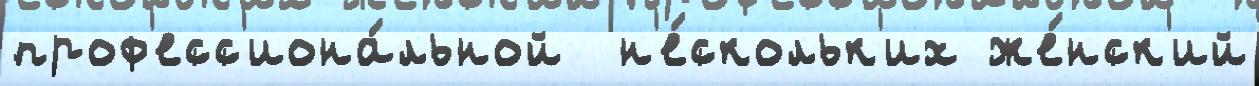
проф'есс'иона́льной  н'е́скольк'их же́нск'ий